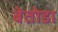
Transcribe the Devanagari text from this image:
बेतोडा